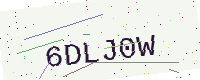
Text: 6DLJ0W